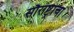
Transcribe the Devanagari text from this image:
सौराष्ट्राचा